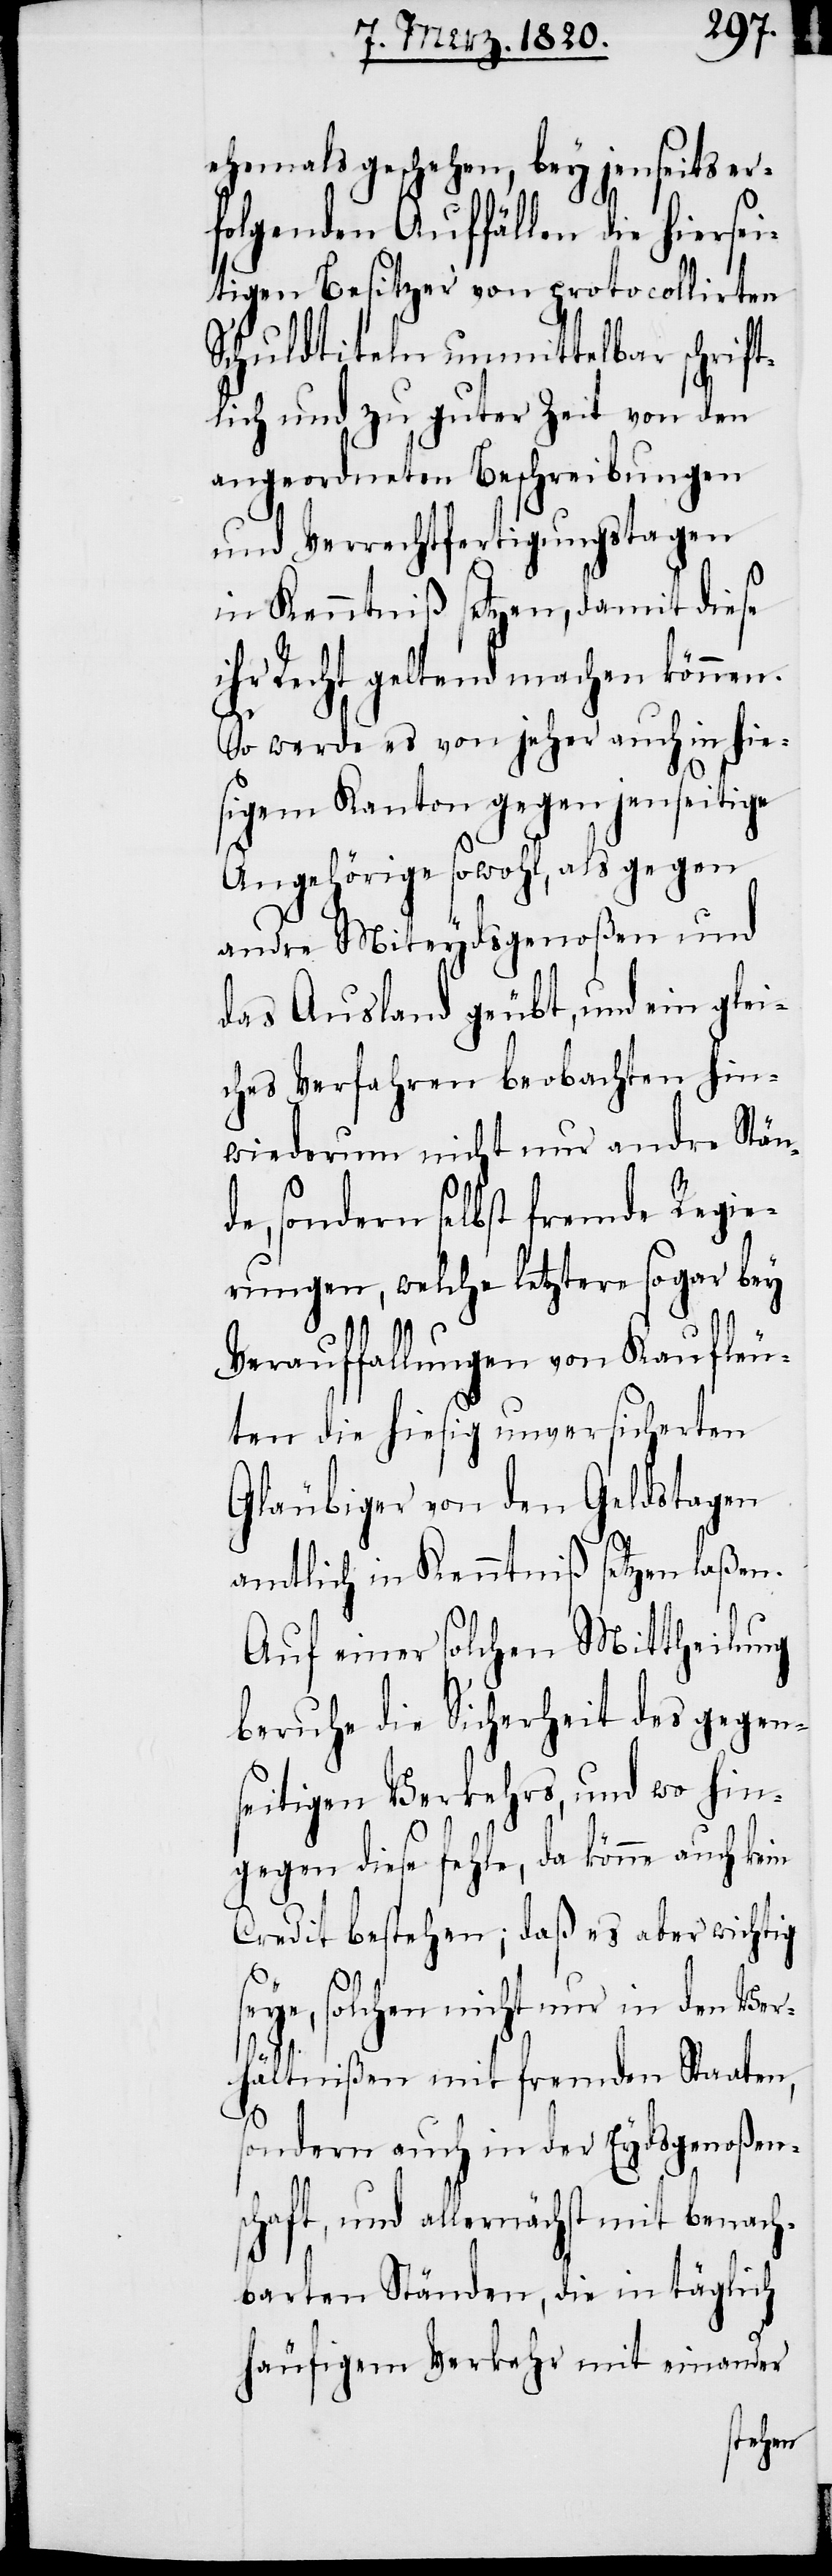
ehemals geschehen, bey jenseits er¬
folgenden Auffällen die hierse¬
itigen Besitzer von protocollirten
Schuldtiteln unmittelbar schrift¬
lich und zu guter Zeit von den
angeordneten Beschreibungen
und Verrechtfertigungstagen
in Kenntniß setzen, damit diese
ihr Recht geltend machen können.
So werde es von jeher auch in hie¬
sigem Kanton gegen jenseitige
Angehörige sowohl, als gegen
andre Miteydsgenoßen und
das Ausland geübt, und ein glei¬
ches Verfahren beobachten hin¬
wiederum nicht nur andre Stän¬
de, sondern selbst fremde Regie¬
rungen, welche letztere sogar bey
Verauffallungen von Kaufleu¬
ten die hiesig unversicherten
Gläubiger von den Geldstagen
amtlich in Kenntniß setzen laßen.
Auf einer solchen Mittheilung
beruhe die Sicherheit des gegen¬
seitigen Verkehrs, und wo hin¬
gegen diese fehle, da könne auch kein
Credit bestehen; daß es aber wichtig
seye, solchen nicht nur in den Ver¬
hältnißen mit fremden Staaten,
sondern auch in der Eydsgenoßen¬
schaft, und allernächst mit benach¬
barten Ständen, die in täglich
häufigem Verkehr mit einander
seye,